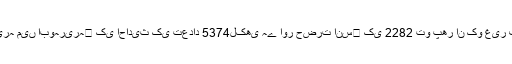
تلقیح ابن الجوزی وغیرہ میں ابوہریرہ﷜ کی احادیث کی تعداد 5374لکھی ہے اور حضرت انس﷜ کی 2282 تو پھر ان کو غیر فقیہ کہنا بڑا ظلم ہے۔